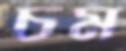
চম